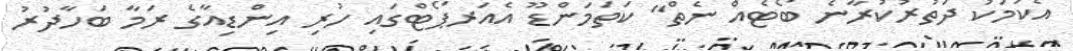
އެކަމަކު ދަތުރުކުރާނެ ބޯޓެއް ނެތް" ކަތަމަންޑޫ އެއަރޕޯޓްގައި ހުރި އިންޑިއާގެ ރަމާ ބަހާދުރު